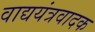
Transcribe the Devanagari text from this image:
वाद्ययंत्रवादक